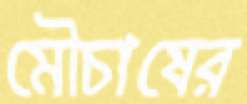
মৌচাষের